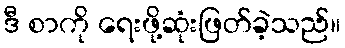
ဒီ စာကို ရေးဖို့ဆုံးဖြတ်ခဲ့သည်။